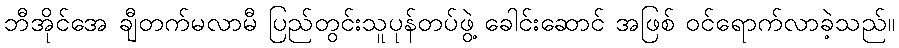
ဘီအိုင်အေ ချီတက်မလာမီ ပြည်တွင်းသူပုန်တပ်ဖွဲ့ ခေါင်းဆောင် အဖြစ် ဝင်ရောက်လာခဲ့သည်။